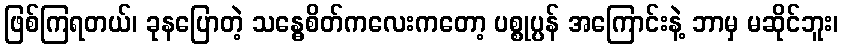
ဖြစ်ကြရတယ်၊ ခုနပြောတဲ့ သန္ဓေစိတ်ကလေးကတော့ ပစ္စုပ္ပန် အကြောင်းနဲ့ ဘာမှ မဆိုင်ဘူး၊